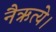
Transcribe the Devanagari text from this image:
नैऋत्ये।